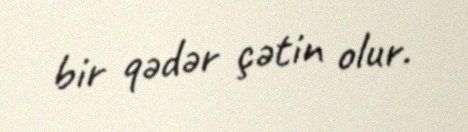
bir qədər çətin olur.